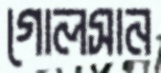
গোলসান